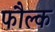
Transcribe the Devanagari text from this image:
फौल्क